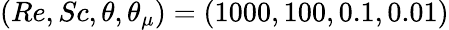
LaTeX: (Re,Sc,\theta,\theta_{\mu})=(1000,100,0.1,0.01)